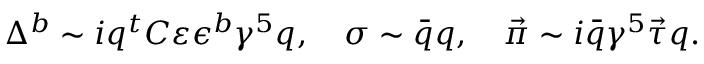
\Delta ^ { b } \sim i q ^ { t } C \varepsilon \epsilon ^ { b } \gamma ^ { 5 } q , \quad \sigma \sim \bar { q } q , \quad \vec { \pi } \sim i \bar { q } \gamma ^ { 5 } \vec { \tau } q .